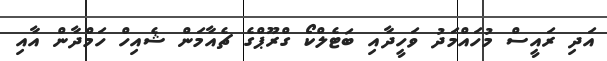
އަދި ރައީސް މުހައްމަދު ވަހީދާއި ބަޓެލްކޯ ގްރޫޕްގެ ޗެއާމަން ޝެއިހް ހަމްދާން އާއި